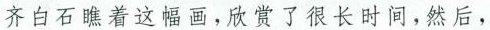
齐白石瞧着这幅画，欣赏了很长时间，然后，